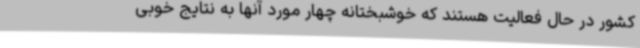
کشور در حال فعالیت هستند که خوشبختانه چهار مورد آنها به نتایج خوبی